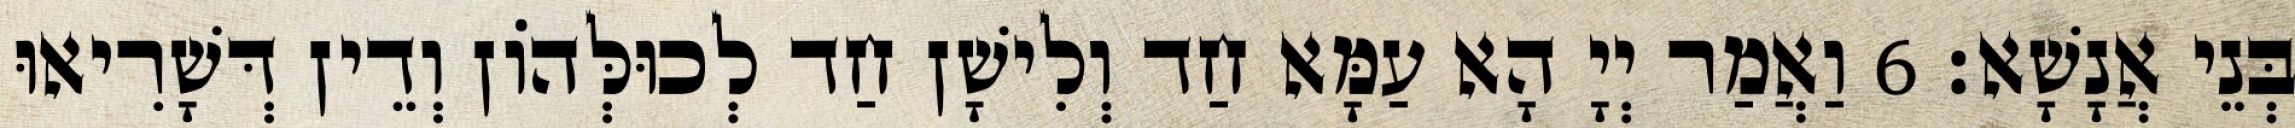
בְּנֵי אֲנָשָׁא׃ 6 וַאֲמַר יְיָ הָא עַמָּא חַד וְלִישָׁן חַד לְכוּלְּהוֹן וְדֵין דְּשָׁרִיאוּ